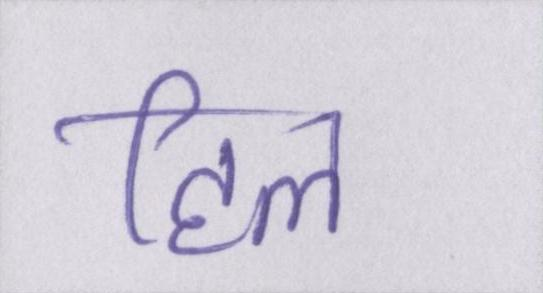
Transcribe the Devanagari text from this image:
हिल